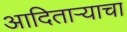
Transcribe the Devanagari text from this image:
आदितार्‍याचा